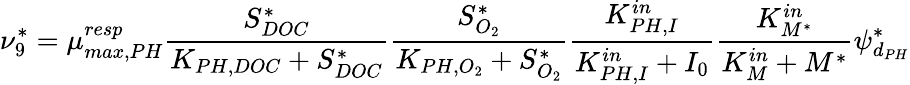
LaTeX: \nu_{9}^{*}=\mu_{max,PH}^{resp}\frac{S_{DOC}^{*}}{K_{PH,DOC}+S_{DOC}^{*}}\frac{S_{O_{2}}^{*}}{K_{PH,O_{2}}+S_{O_{2}}^{*}}\frac{K_{PH,I}^{in}}{K_{PH,I}^{in}+I_{0}}\frac{K_{M^{*}}^{in}}{K_{M}^{in}+M^{*}}\psi_{d_{PH}}^{*}